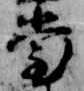
堂